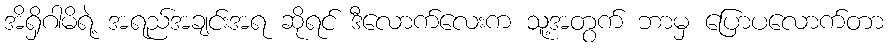
အိရှိဂါမိရဲ့ အရည်အချင်းအရ ဆိုရင် ဒီလောက်လေးက သူ့အတွက် ဘာမှ ပြောပလောက်တာ